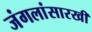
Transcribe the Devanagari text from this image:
जंगलांसारखी